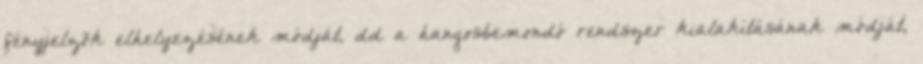
fényjelzõk elhelyezésének módját, dd a hangosbemondó rendszer kialakításának módját,